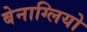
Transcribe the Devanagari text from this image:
बेनाग्लियो